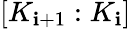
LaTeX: [K_{\mathbf{i}+1}:K_{\mathbf{i}}]